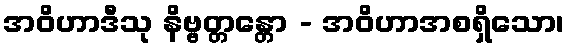
အဝိဟာဒီသု နိဗ္ဗတ္တန္တော - အဝိဟာအစရှိသော၊